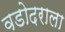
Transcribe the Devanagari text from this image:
वडोदराला